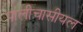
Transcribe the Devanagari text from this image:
पालीचासीयल